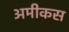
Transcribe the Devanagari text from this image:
अमीकस